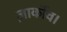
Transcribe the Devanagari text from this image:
ज़ार्कोव।